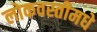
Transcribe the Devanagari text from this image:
लोकवस्तीमधे